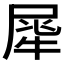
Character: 𤚌